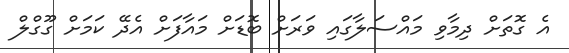
އެ ގޮތަށް ދިމާވި މައްސަލާގައި ވަރަށް ބޮޑަށް މައާފަށް އެދޭ ކަމަށް ގޫގްލް